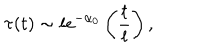
\tau ( t ) \sim l e ^ { - \alpha _ { 0 } } \left( \frac { t } { l } \right) ,